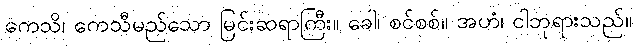
ကေသိ၊ ကေသီမည်သော မြင်းဆရာကြီး။ ခေါ၊ စင်စစ်။ အဟံ၊ ငါဘုရားသည်။